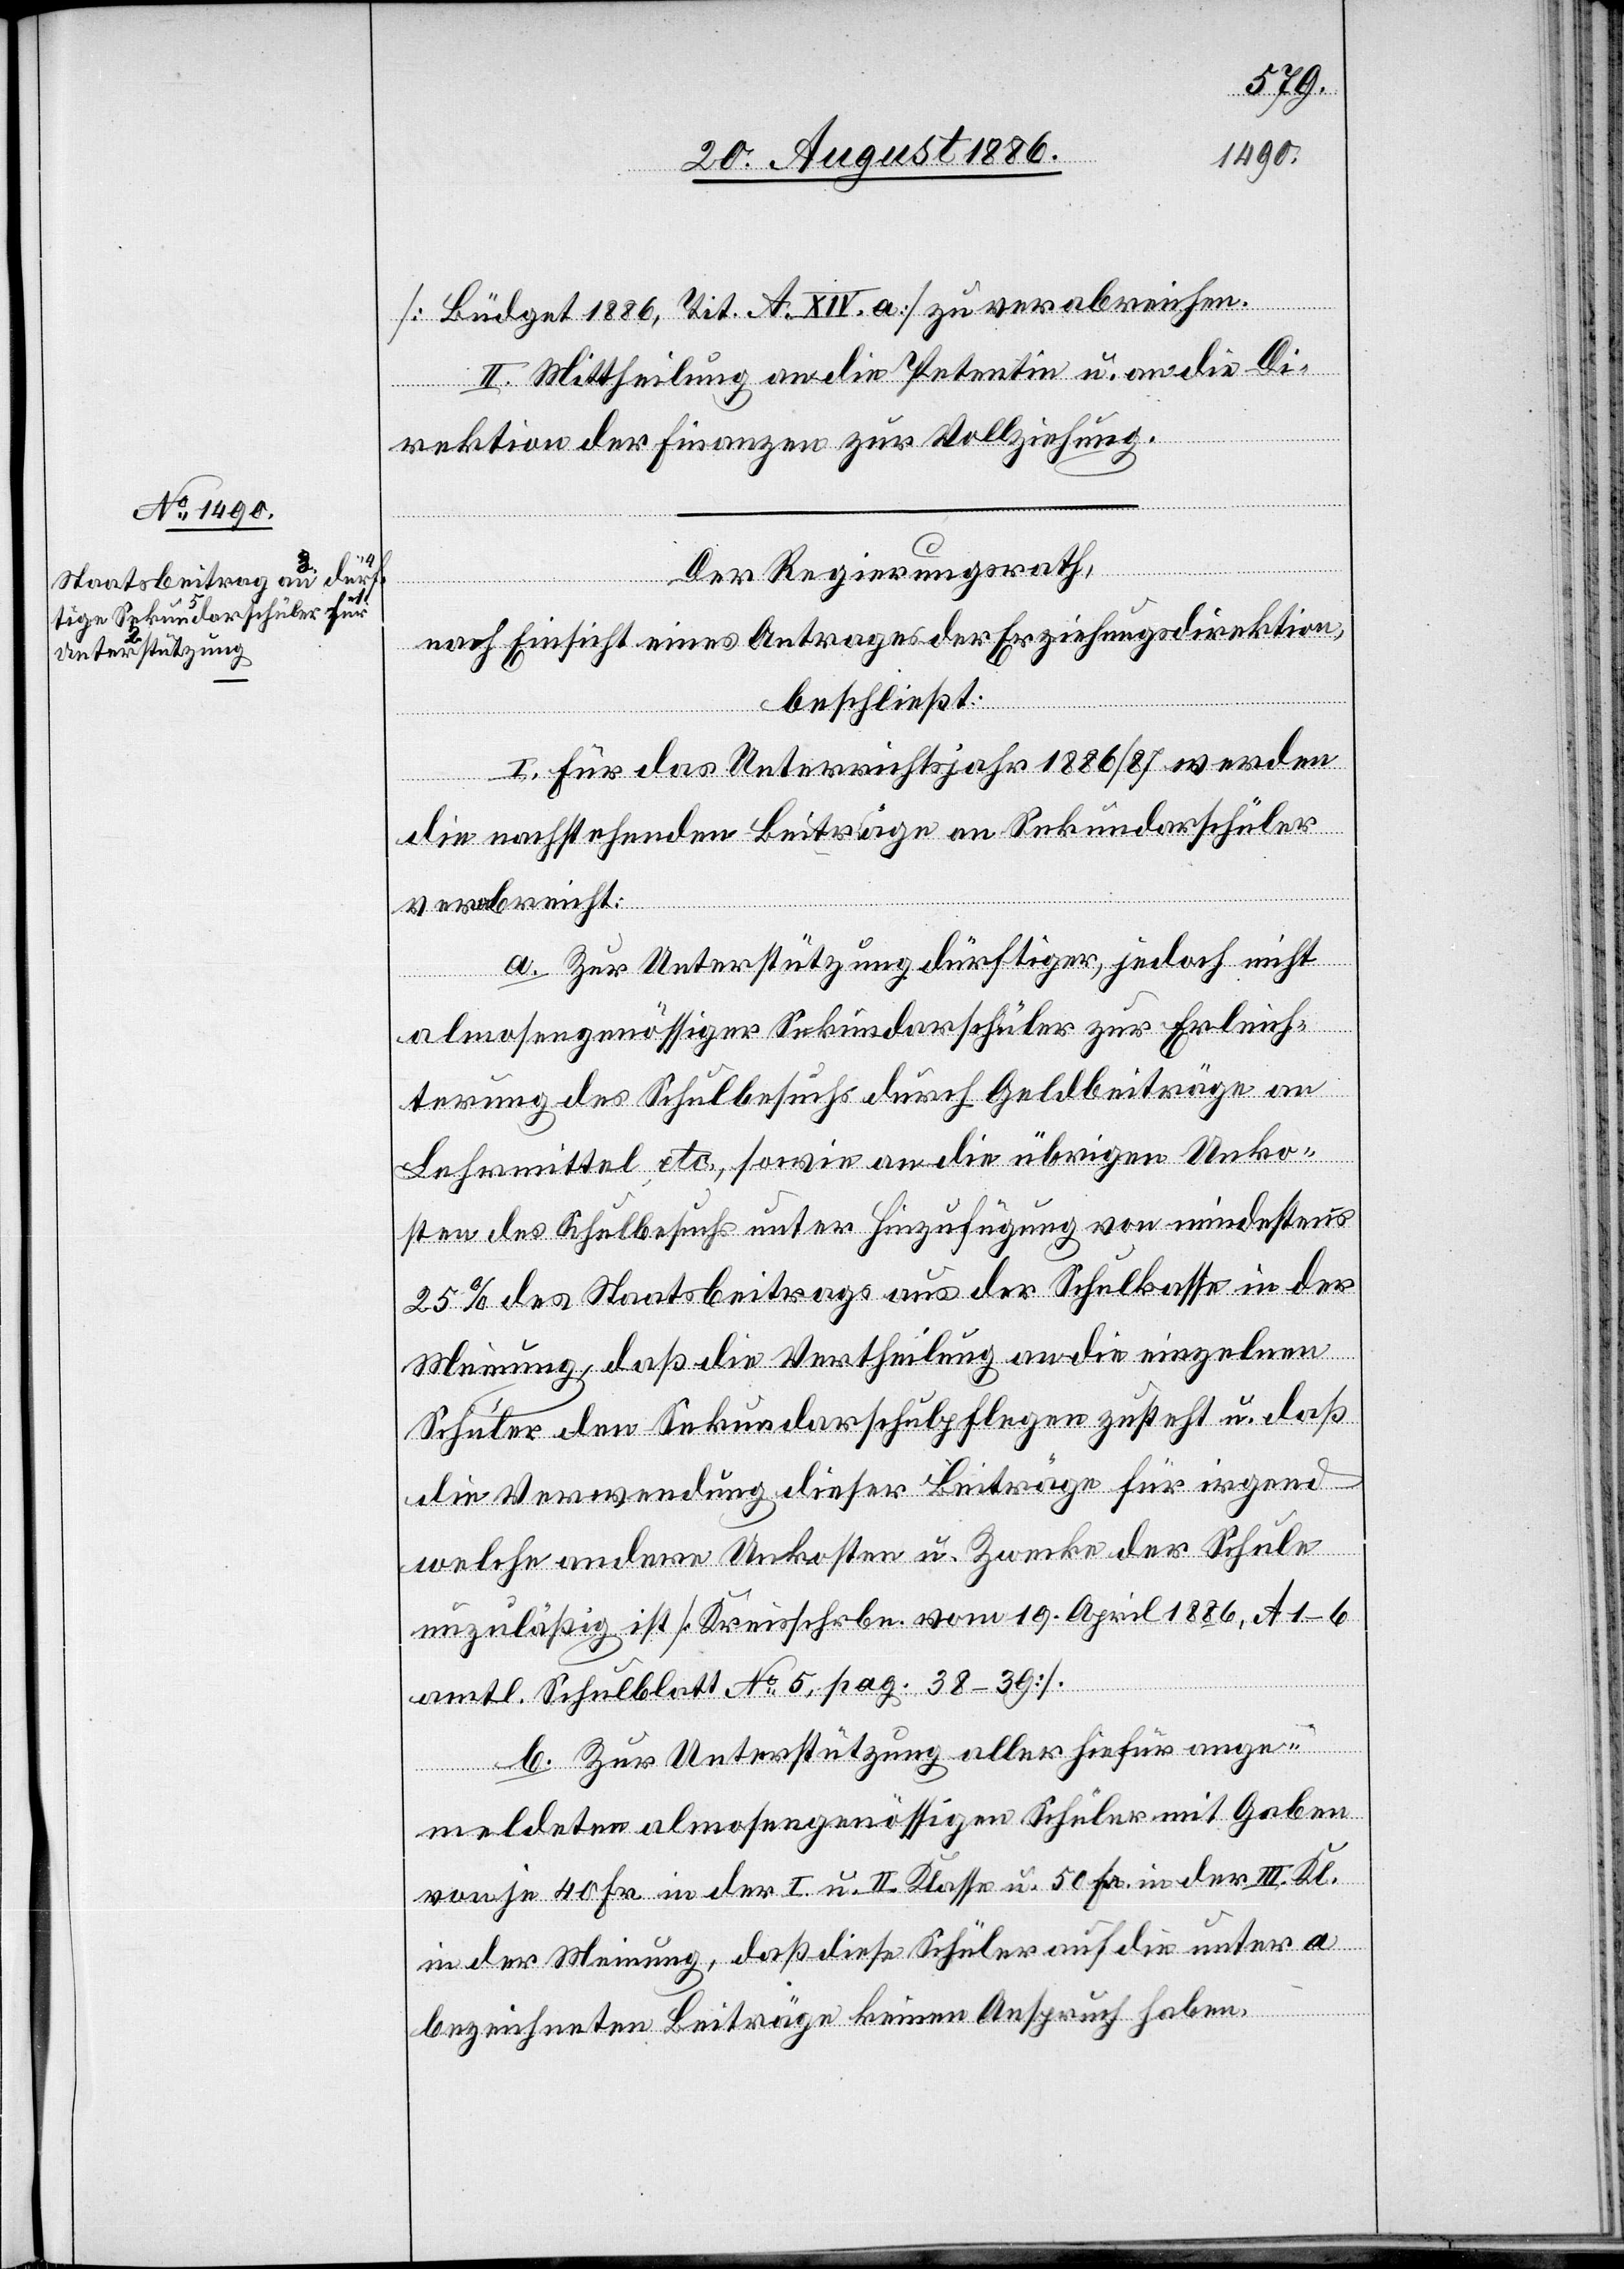
[Büdget 1886, Tit. A. XIV. a] zu verabreichen.
II. Mittheilung an die Petentin u. an die Di¬
rektion der Finanzen zur Vollziehung.
Der Regierungsrath,
nach Einsicht eines Antrages der Erziehungsdirektion,
beschließt:
I. Für das Unterrichtsjahr 1886/87 werden
die nachstehenden Beiträge an Sekundarschüler
verabreicht:
a. Zur Unterstützung dürftiger, jedoch nicht
almosengenössiger Sekundarschüler zur Erleich¬
terung des Schulbesuchs durch Geldbeiträge an
Lehrmittel etc., sowie an die übrigen Unko¬
sten des Schulbesuchs unter Hinzufügung von mindestens
25% des Staatsbeitrags aus der Schulkasse in der
Meinung, daß die Vertheilung an die einzelnen
Schüler den Sekundarschulpflegen zusteht u. daß
die Verwendung dieser Beiträge für irgend
welche andere Unkosten u. Zwecke der Schule
unzuläßig ist [Kreisschrbn. vom 19. April 1886, A 1–6
amtl. Schulblatt No 5, pag. 38–39].
b. Zur Unterstützung aller hiefür ange¬
meldeten almosengenössigen Schüler mit Gaben
von je 40 Fr. in der I. u. II. Klasse u. 50 Fr. in der III. Kl.
in der Meinung, daß diese Schüler auf die unter a
bezeichneten Beiträge keinen Anspruch haben.